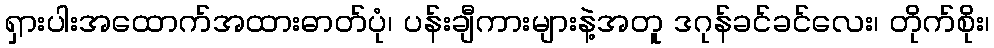
ရှားပါးအထောက်အထားဓာတ်ပုံ၊ ပန်းချီကားများနဲ့အတူ ဒဂုန်ခင်ခင်လေး၊ တိုက်စိုး၊